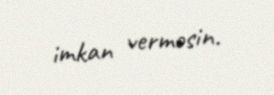
imkan verməsin.